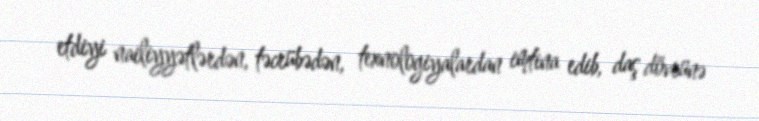
etdiyi nailiyyətlərdən, təcrübədən, texnologiyalardan imtina edib, daş dövrünə